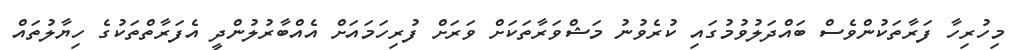
މިހުރިހާ ފަރާތަކުންވެސް ބައްދަލުވުމުގައި ކުރެވުނު މަޝްވަރާތަކަށް ވަރަށް ފުރިހަމައަށް އެއްބާރުލުންދީ އެފަރާތްތަކުގެ ހިޔާލުތައް